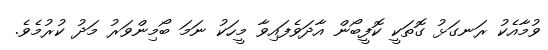
ވުމާއެކު ރަނގަޅު ގޮތަކީ ކޮފީބޯން އާދަވެފައިވާ މީހަކު ނަމަ ބޯމިންވަރު މަދު ކުރުމެވެ.